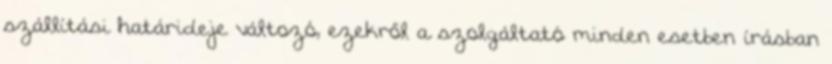
szállítási határideje változó, ezekről a szolgáltató minden esetben írásban